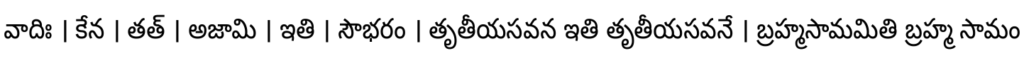
వాదిః । కేన । తత్ । అజామి । ఇతి । సౌభరం । తృతీయసవన ఇతి తృతీయసవనే । బ్రహ్మసామమితి బ్రహ్మ సామం